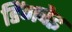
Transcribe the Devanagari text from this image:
डिंगवेइ